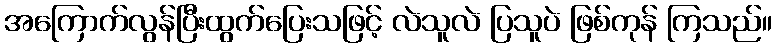
အကြောက်လွန်ပြီးထွက်ပြေးသဖြင့် လဲသူလဲ ပြသူပဲ ဖြစ်ကုန် ကြသည်။